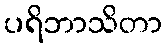
ပရိဘာသိတာ